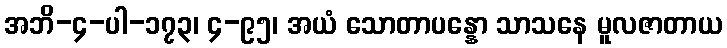
အဘိ-၄-ပါ-၁၇၃၊ ၄-၉၅၊ အယံ သောတာပန္နော သာသနေ မူလဇာတာယ